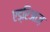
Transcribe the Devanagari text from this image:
एड्रिआज़